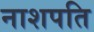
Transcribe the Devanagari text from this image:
नाशपति